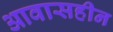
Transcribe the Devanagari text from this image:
आवासहीन